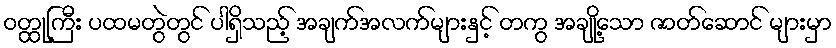
ဝတ္ထုကြီး ပထမတွဲတွင် ပါရှိသည့် အချက်အလက်များနှင့် တကွ အချို့သော ဇာတ်ဆောင် များမှာ